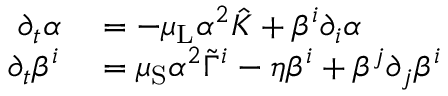
\begin{array} { r l } { \partial _ { t } \alpha } & { { } = - \mu _ { \mathrm { L } } \alpha ^ { 2 } \hat { K } + \beta ^ { i } \partial _ { i } \alpha } \\ { \partial _ { t } \beta ^ { i } } & { { } = \mu _ { \mathrm { S } } \alpha ^ { 2 } \tilde { \Gamma } ^ { i } - \eta \beta ^ { i } + \beta ^ { j } \partial _ { j } \beta ^ { i } } \end{array}